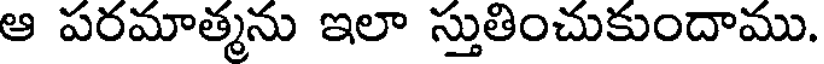
ఆ పరమాత్మను ఇలా స్తుతించుకుందాము.